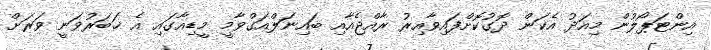
އިންޓަޕޯލުން މިއަދު އެކަން ދޮގުކޮށްފައިވާއިރު ރާއްޖެއާއި ބައިނަލްއަގްވާމީ މީޑިއާގައި އެ ޚަބަރުވަނީ ވަރަށް